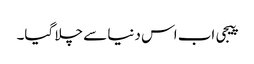
پیجی اب اس دنیا سے چلا گیا۔